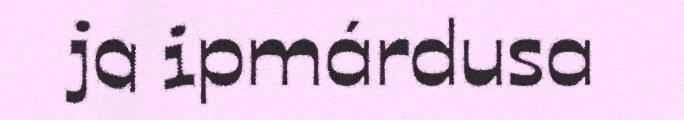
ja ipmárdusa